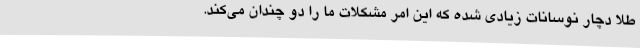
طلا دچار نوسانات زیادی شده که این امر مشکلات ما را دو چندان می‌کند.